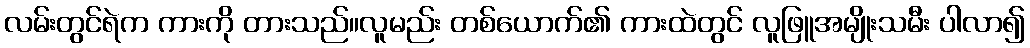
လမ်းတွင်ရဲက ကားကို တားသည်။လူမည်း တစ်ယောက်၏ ကားထဲတွင် လူဖြူအမျိုးသမီး ပါလာ၍